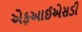
એફઆઈએસડી